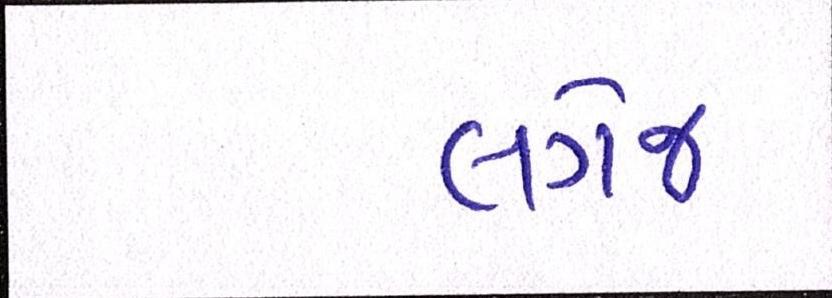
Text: લગેજ